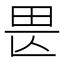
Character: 𤰵